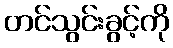
တင်သွင်းခွင့်ကို